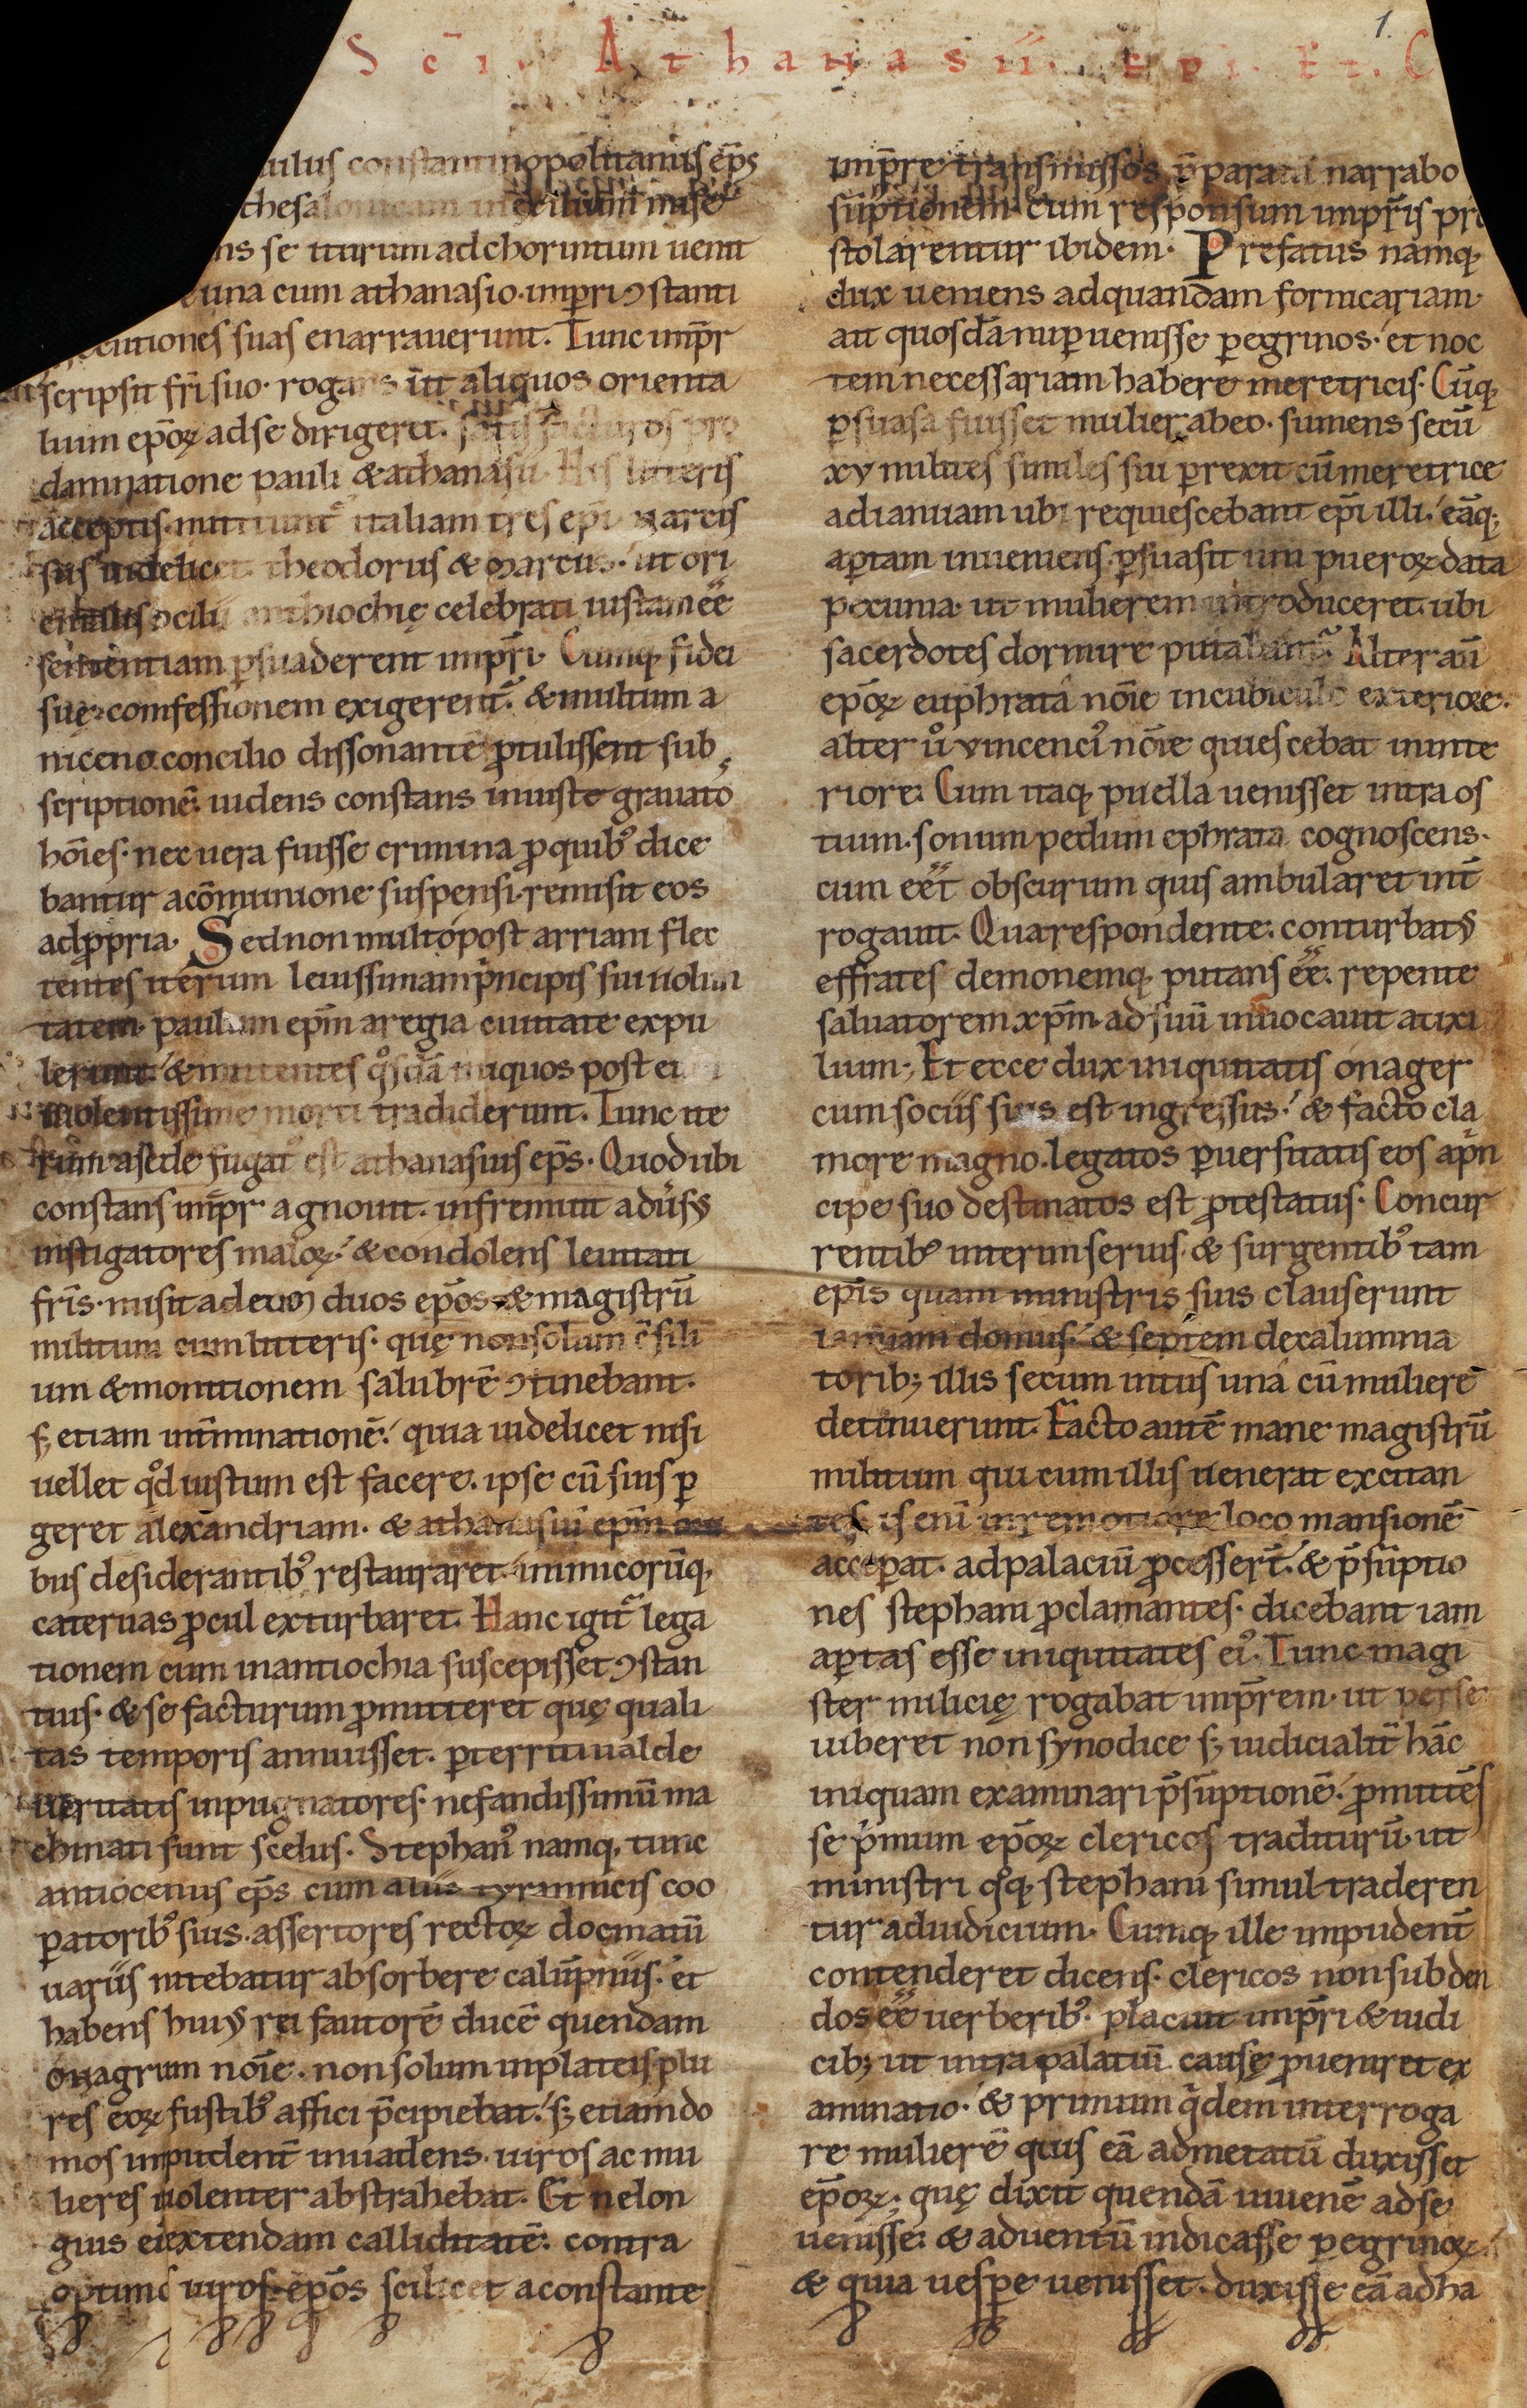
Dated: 1140–1170